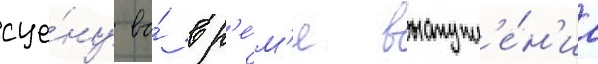
сце́ну во́ вр'е́м'я выступл'е́н'иа